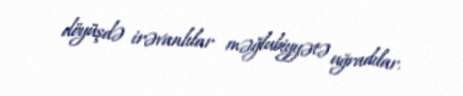
döyüşdə irəvanlılar məğlubiyyətə uğradılar.